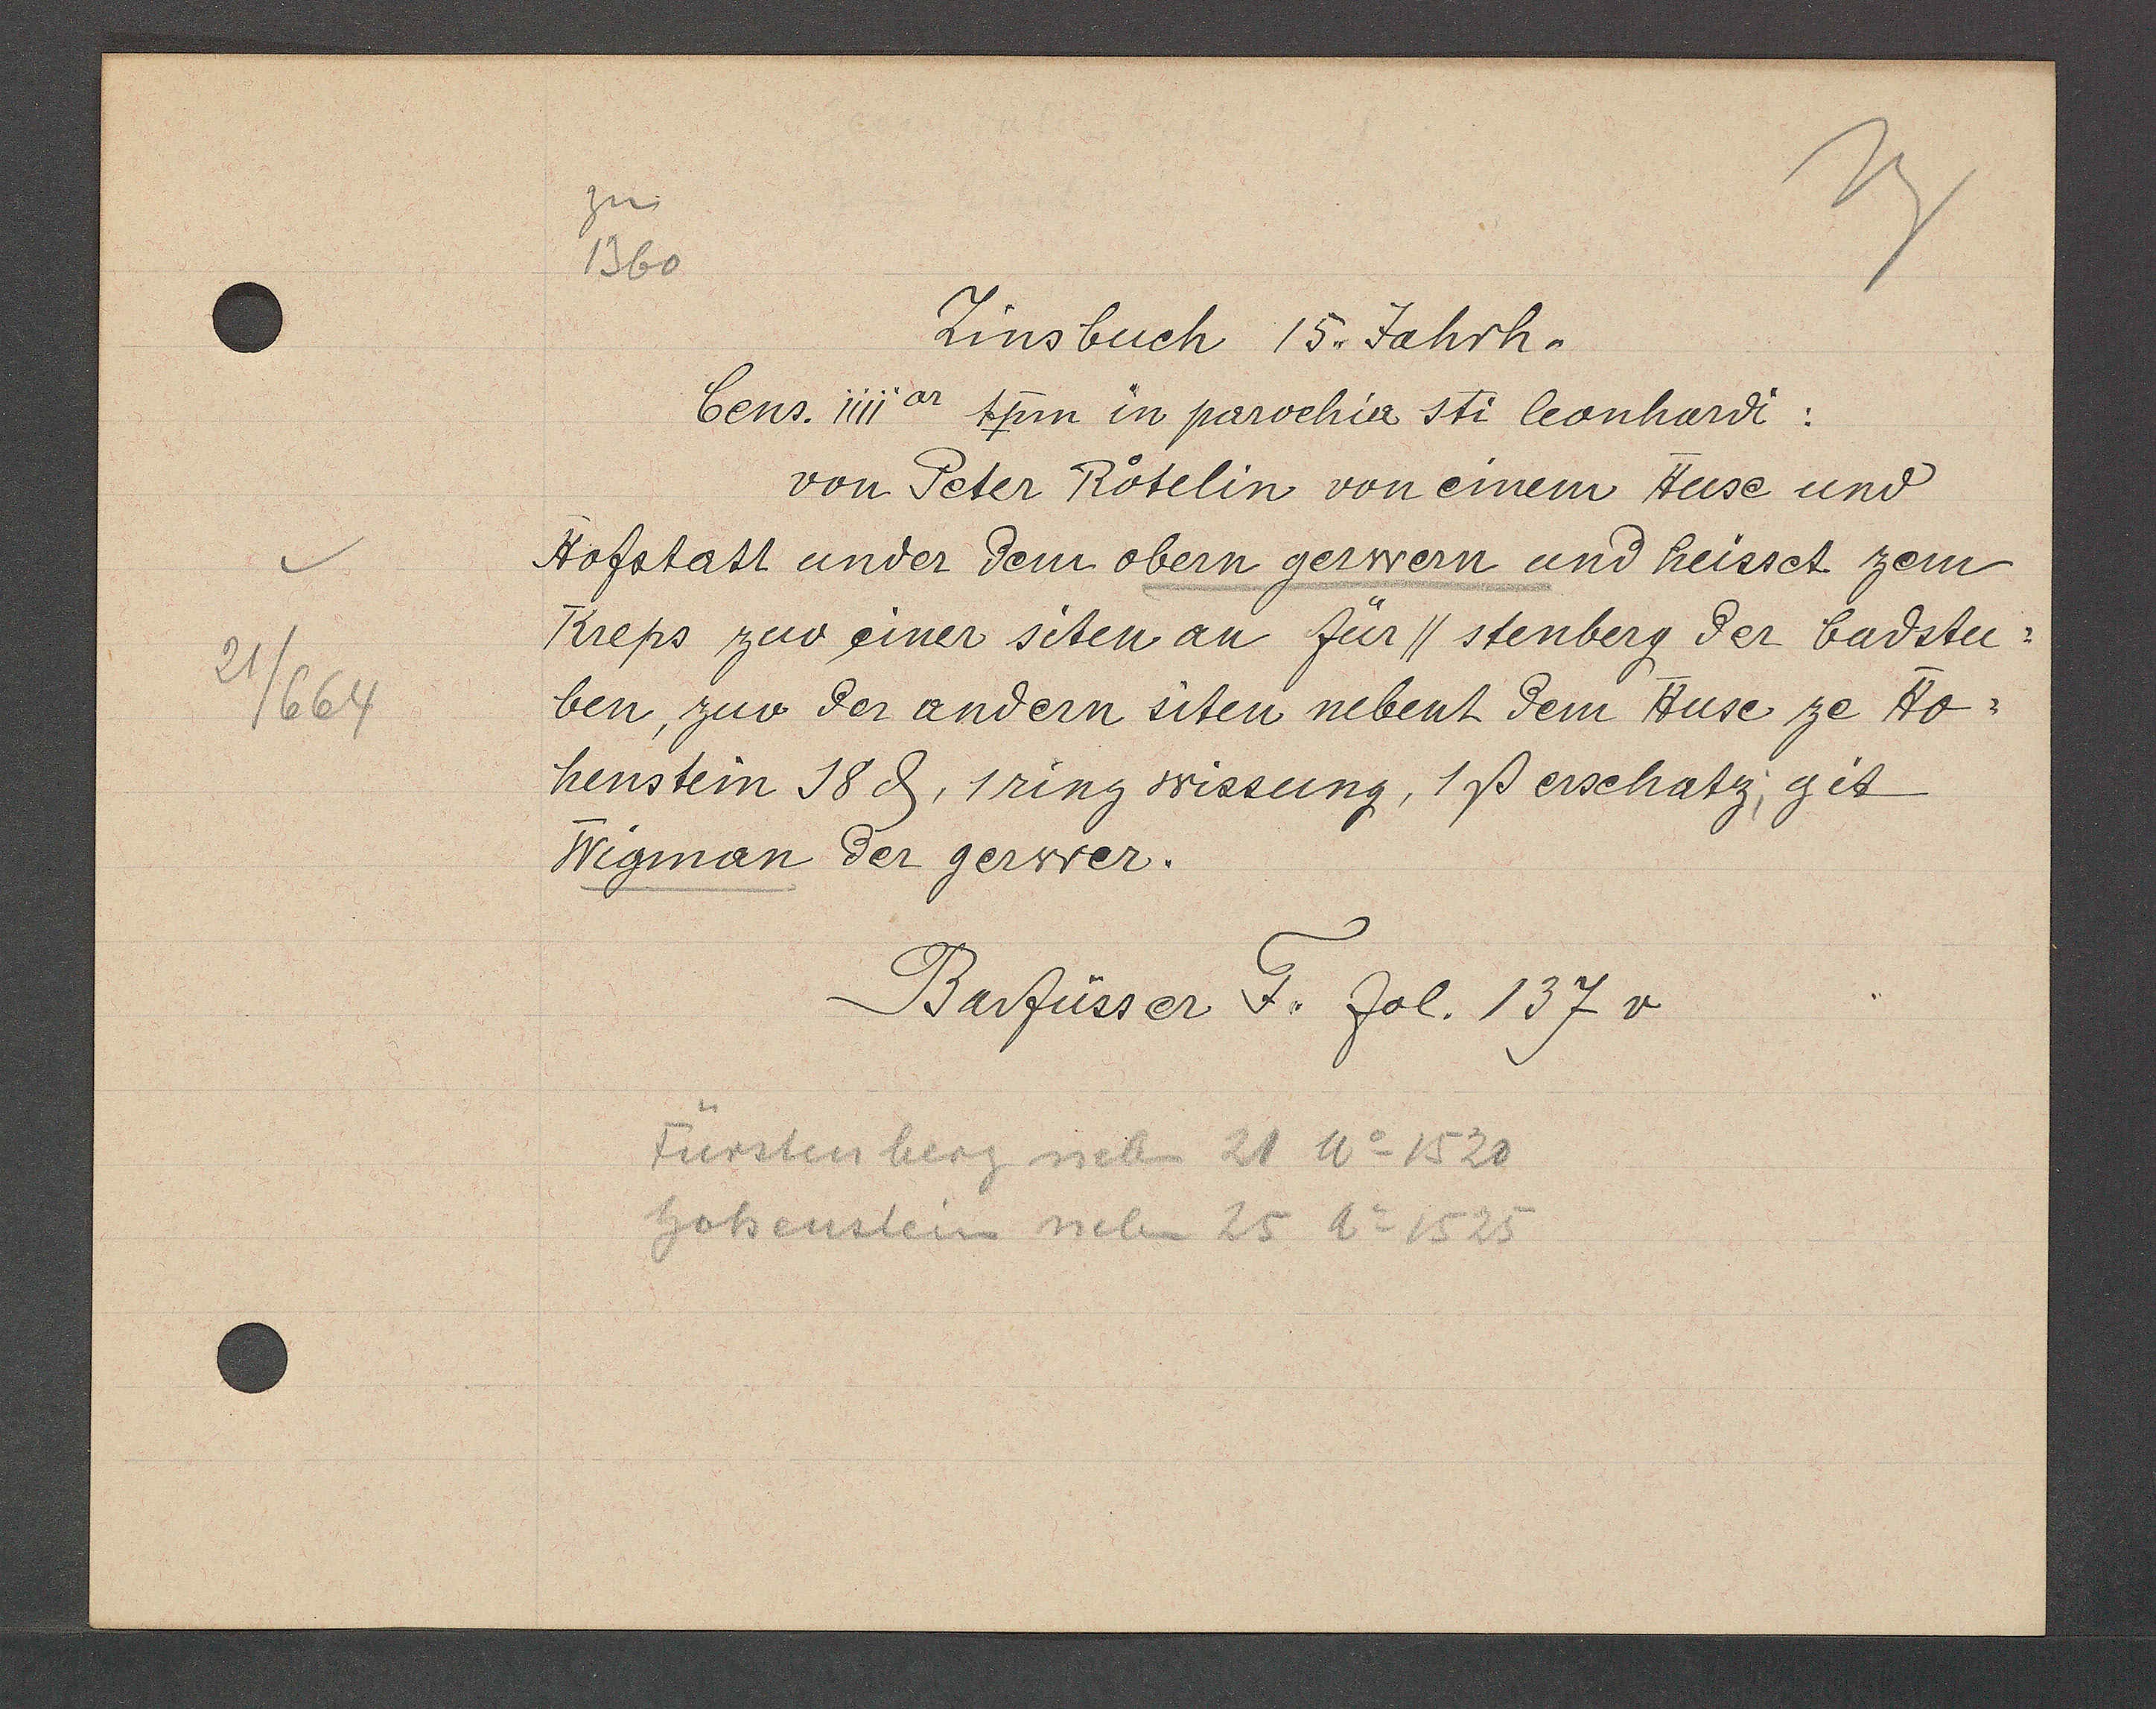
Transcript:
21/664

1360

Zinsbuch 15. Jahrh.
Cens. iiiiar psum in parochia sti leonhardi:
von Peter Rötelin von einem Huse und
Hofstatt under dem obern gerwern und heisset zem
Kreps zuo einer siten an für//stenberg der badstu¬
ben, zuo der andern siten nebent dem Huse ze Ho¬
henstein 18 ȡ, 1ring wissung, 1ß erschatz; git
Wigman der gerwer.

Barfüsser F. fol. 137 v

Fürstenberg neben 21 Ao 1520
hohenstein neben 25 Ao 1525